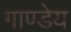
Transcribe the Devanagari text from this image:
गाण्डेय